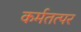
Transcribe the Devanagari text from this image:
कर्मतत्पर